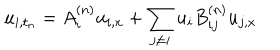
LaTeX: u _ { i , t _ { n } } = A _ { i } ^ { ( n ) } u _ { i , x } + \sum _ { j \neq i } u _ { i } B _ { i j } ^ { ( n ) } u _ { j , x }